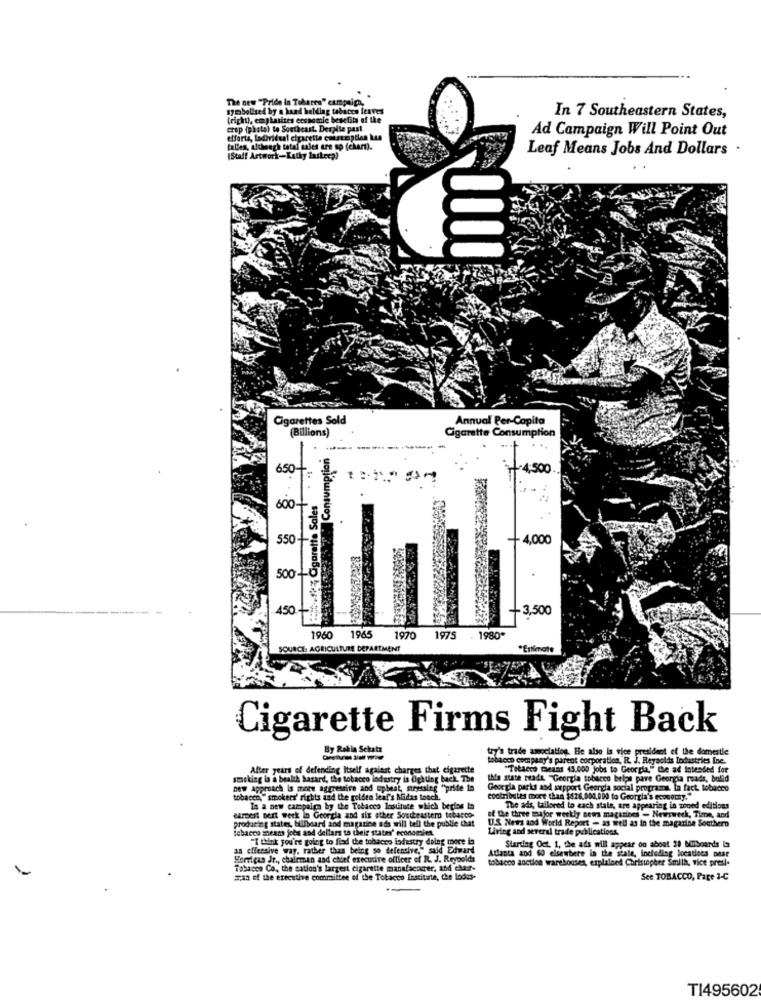
The new "Pride In Toharts" campaign,
symbolized by a hand holding tabacco leaves
(right), emphasizes ecsnomic benefits of the
In 7 Southeastern States,
crop (phate) to Southeast. Despite past
Ad Campaign Will Point Out
efforts, ladividual cigarette consuciption Lun
tallen, aichengh total sales are so (chart).
Leaf Means Jobs And Dollars .
(Staff Artwork-Kathy laskeep)
Cigarettes Sold
Annual Per-Capita
(Billions)
Cigarette Consumption
Consumption
---------
650
4,500
600-
. Cigarette Sales
550
4,000
500 1-0
450-
-3,500
1960 1965
1970
1975
1980*
SOURCE: AGRICULTURE DEPARTMENT
Cigarette Firms Fight Back
By Rekin Schatz
y's trade association. Ele also is vice president of the domestle
tobacco company's parent corporation. R. J. Reynolds Industries Inc.
Aller years of defending Itself against charges that cigarette
"Tobacco means 45.000 jobs to Georgia." the ad intended for
smoking la a bealth hazard, the tobacco industry is fighting back, The
this state reads. "Georgia tobacco belos pave Georgia roads, bulid
new approach is more aggressive and upbeat, stressing "pride in
Georgia social programa la fact tobacco
tobacco," smokers' rights and the golden leaf's Midas touch.
contributes more than $626,000,000 to Georgia's ecocorny."
In a new campaign by the Tobacco losuitute which begins to
The ads, tailored to each state, are appearing in moed editions
earnest bert week In Georgia and air other Southeastern tobacco-
producing states, billboard and magazine ads will tell the public that
U.S. News and World Report - as well as in the magazine Southern
of the three major weekly news magazines - Newsweek, Time, and
ichacco mears jobs and dellars to their states' economiet.
Living and several trade publications.
"I think you're going to fiad the tobacco industry doing moce in
aa offensive way, rather than being so defensive," said Edward
Starting Oct. 1, the ads will appear on about 30 bilboards la
Hormigas Jr ., chairman and chief executive officer of R. J. Reynolds
tobacco anction warehouses, explained Christopher Smilh, vice presl-
Atlanta and 60 elsewhere in the state, including locatiees near
Tobacco Co ., the nation's largest cigarette manafacocer, and chair-
man of the executive committee of the Tobacco Institute, che lodes-
See TOBACCO, Page 3-C
T1495602